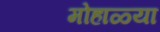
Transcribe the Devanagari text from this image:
मोहाळ्या